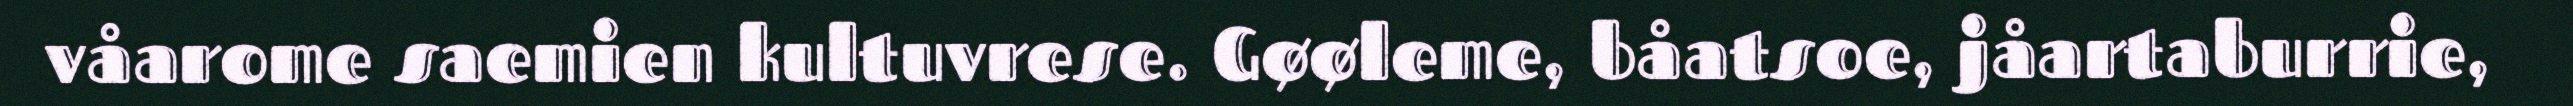
våarome saemien kultuvrese. Gøøleme, båatsoe, jåartaburrie,